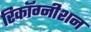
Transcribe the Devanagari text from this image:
रिकाॅग्नीशन